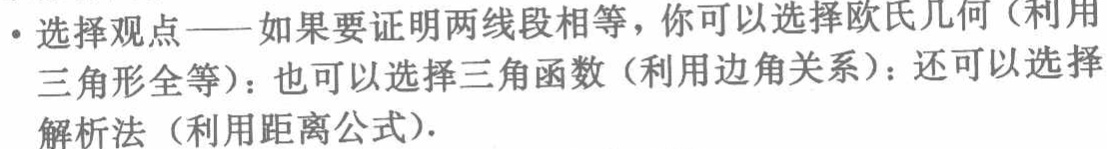
- 选择观点——如果要证明两线段相等，你可以选择欧氏几何（利用三角形全等）：也可以选择三角函数（利用边角关系）：还可以选择解析法（利用距离公式）.